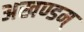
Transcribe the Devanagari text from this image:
अखण्डम्